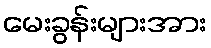
မေးခွန်းများအား